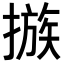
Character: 𢳇